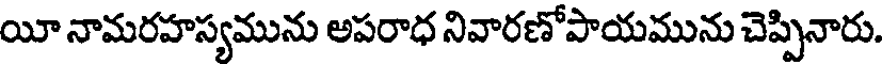
యీ నామరహస్యమును అపరాధ నివారణోపాయమును చెప్పినారు.